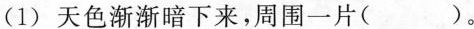
(1) 色渐渐暗下来，周围一片( )。